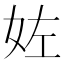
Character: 𡛿